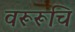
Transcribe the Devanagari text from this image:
वरूरूचि